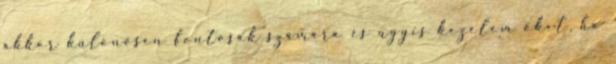
akkor különösen fontosak számára és úgyis kezelem őket, ha